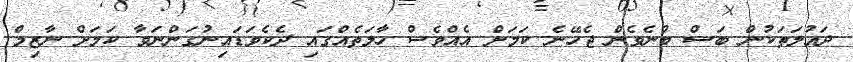
ދައުލަތަކުން ބަސް ބުނެވެން ޖެހޭނެ ކަމަށް އެއްވެސް ހާލަތެއްގައި ދެކެވަޑައިނުގަންނަވާ ކަމަށް ނާޒިމް